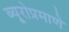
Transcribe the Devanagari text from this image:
ब्यूरोप्रमाणे